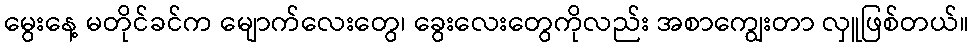
မွေးနေ့ မတိုင်ခင်က မျောက်လေးတွေ၊ ခွေးလေးတွေကိုလည်း အစာကျွေးတာ လှူဖြစ်တယ်။